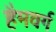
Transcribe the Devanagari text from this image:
हैमवर्ग